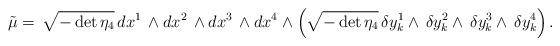
LaTeX: \begin{align*}\tilde{\mu}=\,\sqrt{-\det \eta_4}\,dx^1\,\wedge dx^2\,\wedge dx^3 \,\wedge dx^4\wedge\left(\sqrt{-\det \eta_4}\,\delta y^1_k \wedge\, \delta y^2_k \wedge\, \delta y^3_k\wedge\, \delta y^4_k\right).\end{align*}